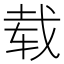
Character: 载